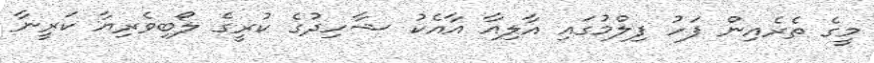
މީގެ ތެރެއިން ފަހު ފިލްމުގައި އާލިއާ އާއެކު ޝާހިދުގެ ކުރީގެ ލޯބިވެރިޔާ ކަރީނާ